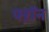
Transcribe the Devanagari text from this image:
फ्ऱॉन